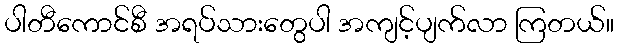
ပါတီကောင်စီ အရပ်သားတွေပါ အကျင့်ပျက်လာ ကြတယ်။